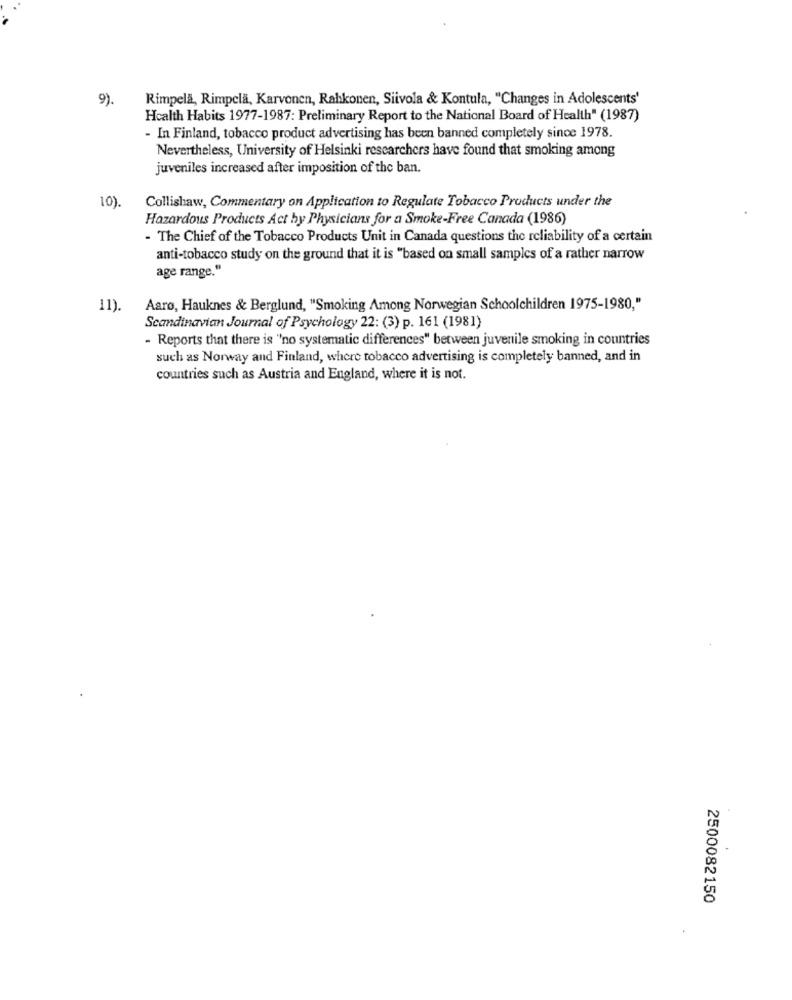
9).
Rimpela, Rimpelä, Karvonen, Rahkonen, Siivola & Kontula, "Changes in Adolescents'
Health Habits 1977-1987: Preliminary Report to the National Board of Health" (1987)
- In Finland, tobacco product advertising has been banned completely since 1978.
Nevertheless, University of Helsinki researchers have found that smoking among
juveniles increased after imposition of the ban.
Collishaw, Commentary on Application to Regulate Tobacco Products under the
10)
Hazardous Products Act by Physicians for a Smoke-Free Canada (1986)
- The Chief of the Tobacco Products Unit in Canada questions the reliability of a certain
anti-tobacco study on the ground that it is "based on small samples of a rather narrow
age range."
11).
Aaro, Hauknes & Berglund, "Smoking Among Norwegian Schoolchildren 1975-1980,"
Scandinavian Journal of Psychology 22: (3) p. 161 (1981)
- Reports that there is "no systematic differences" between juvenile smoking in countries
such as Norway and Finland, where tobacco advertising is completely banned, and in
countries such as Austria and England, where it is not.
2500082150